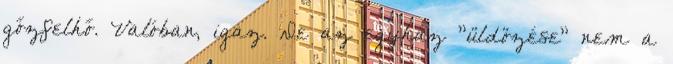
gőzfelhő. Valóban, igaz. De az egyház "üldözése" nem a